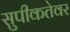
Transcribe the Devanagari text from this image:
सुपीकतेवर